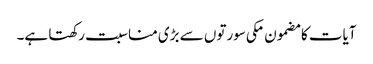
آیات کا مضمون مکی سورتوں سے بڑی مناسبت رکھتا ہے۔